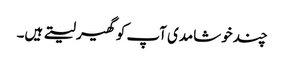
چند خوشامدی آپ کو گھیر لیتے ہیں۔